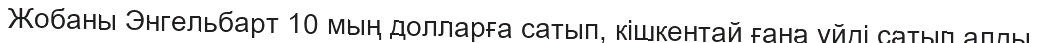
Жобаны Энгельбарт 10 мың долларға сатып, кішкентай ғана үйді сатып алды.